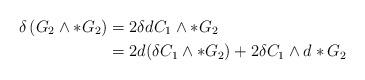
LaTeX: \begin{align*}\delta \left(G_2\wedge *G_2\right)&=2\delta dC_1\wedge *G_2\\&=2d(\delta C_1 \wedge *G_2)+2\delta C_1\wedge d*G_2\end{align*}